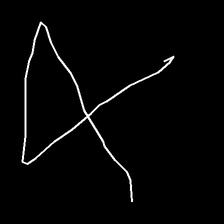
Glyph: collection